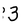
Character: 3